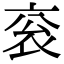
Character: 衮